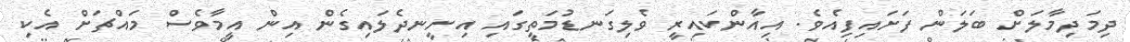
ދިމަދިމާލަށް ބަލަން ފަށައިފިއެވެ. އިއާންކައިރީ ވެލިގަނޑުމަތީގައި އިށީނދެލައިގެން އިން އީމާވެސް މައްޗަށް އެކި